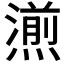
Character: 𤏄